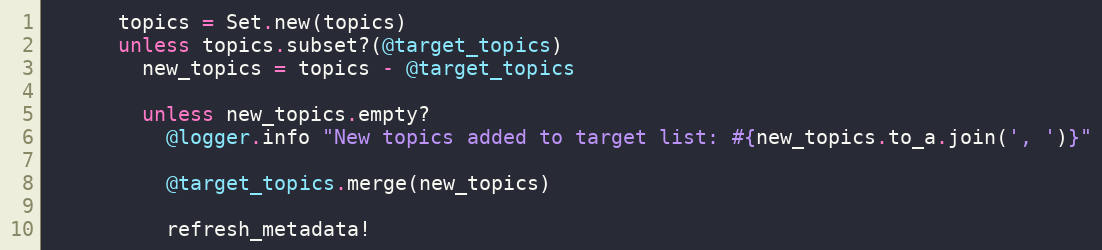
Language: Ruby
      topics = Set.new(topics)
      unless topics.subset?(@target_topics)
        new_topics = topics - @target_topics

        unless new_topics.empty?
          @logger.info "New topics added to target list: #{new_topics.to_a.join(', ')}"

          @target_topics.merge(new_topics)

          refresh_metadata!